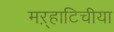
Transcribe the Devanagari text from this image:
मऱ्हाटिचीया